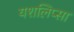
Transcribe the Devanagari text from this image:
यशलिप्सा